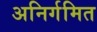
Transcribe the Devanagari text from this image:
अनिर्गमित